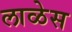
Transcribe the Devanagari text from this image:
लाळेस